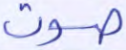
صوت